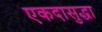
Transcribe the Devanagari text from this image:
एकदासुद्धा